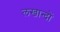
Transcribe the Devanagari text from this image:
लखान्दों